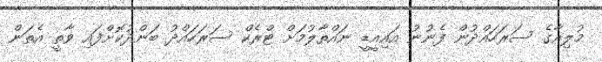
މުލިއާގެ ސަރަހައްދުން ފެނުނު އައިއީޑީ ނައްތާލުމަށް ޓްރެކް ސަރަހައްދު ބަންދުކޮށްފައި ވާތީ އެތަން